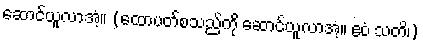
ဆောင်ယူလာအံ့။ (ထောပတ်စသည်ကို ဆောင်ယူလာအံ့။ ဧဝံ သတိ၊)